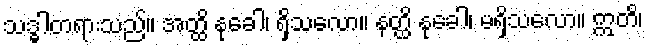
သဒ္ဓါတရားသည်။ အတ္ထိ နုခေါ၊ ရှိသလော။ နတ္ထိ နုခေါ၊ မရှိသလော။ ဣတိ၊